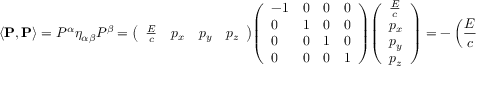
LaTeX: \left\langle \mathbf { P } , \mathbf { P } \right\rangle = P ^ { \alpha } \eta _ { \alpha \beta } P ^ { \beta } = { \left( \begin{array} { l l l l } { { \frac { E } { c } } } & { p _ { x } } & { p _ { y } } & { p _ { z } } \end{array} \right) } { \left( \begin{array} { l l l l } { - 1 } & { 0 } & { 0 } & { 0 } \\ { 0 } & { 1 } & { 0 } & { 0 } \\ { 0 } & { 0 } & { 1 } & { 0 } \\ { 0 } & { 0 } & { 0 } & { 1 } \end{array} \right) } { \left( \begin{array} { l } { { \frac { E } { c } } } \\ { p _ { x } } \\ { p _ { y } } \\ { p _ { z } } \end{array} \right) } = - \left( { \frac { E } { c } } \right) ^ { 2 } + p ^ { 2 } \, ,